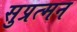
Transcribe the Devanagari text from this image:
सुप्रत्मन